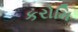
કરોમિ